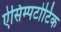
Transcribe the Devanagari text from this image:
ऐसिम्पटोटिक